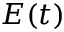
E ( t )